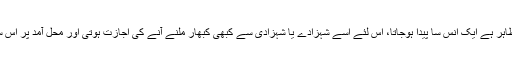
بچے اور اس دائی میں ظاہر ہے ایک اُنس سا پیدا ہوجاتا، اس لئے اسے شہزادے یا شہزادی سے کبھی کبھار ملنے آنے کی اجازت ہوتی اور محل آمد پر اس سے اچھا سلوک کیا جاتا۔